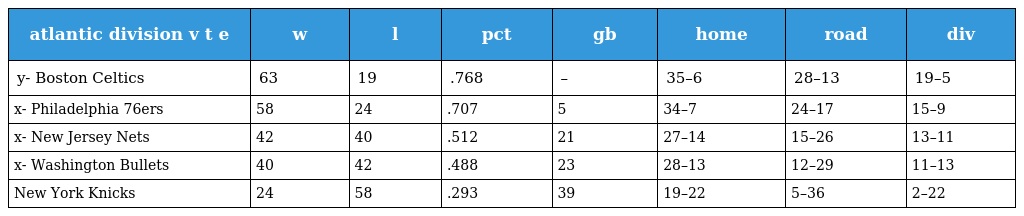
| atlantic division v t e | w | l | pct | gb | home | road | div |
 | --- | --- | --- | --- | --- | --- | --- | --- |
 | y- Boston Celtics | 63 | 19 | .768 | – | 35–6 | 28–13 | 19–5 |
 | x- Philadelphia 76ers | 58 | 24 | .707 | 5 | 34–7 | 24–17 | 15–9 |
 | x- New Jersey Nets | 42 | 40 | .512 | 21 | 27–14 | 15–26 | 13–11 |
 | x- Washington Bullets | 40 | 42 | .488 | 23 | 28–13 | 12–29 | 11–13 |
 | New York Knicks | 24 | 58 | .293 | 39 | 19–22 | 5–36 | 2–22 |